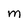
Character: M